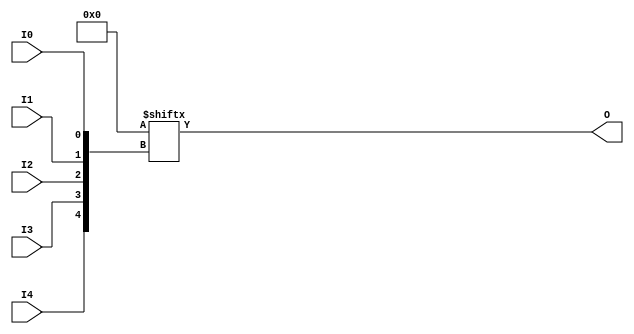
`ifdef verilator3
`else
`timescale 1 ps / 1 ps
`endif
//
// LUT5 primitive for Xilinx FPGAs
// Compatible with Verilator tool (www.veripool.org)
// Copyright (c) 2019-2022 Frdric REQUIN
// License : BSD
//

/* verilator coverage_off */
module LUT5
#(
    parameter [31:0] INIT = 32'h00000000
)
(
    input  wire I0, I1, I2, I3, I4,
    output wire O
);
    wire [4:0] _w_idx = { I4, I3, I2, I1, I0 };
    
    assign O = INIT[_w_idx];

endmodule
/* verilator coverage_on */